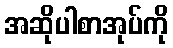
အဆိုပါစာအုပ်ကို